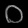
Digit: ၀